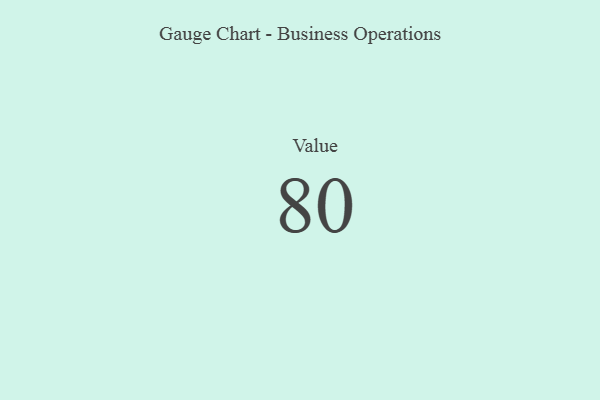
{"axis": {"x": "Metric", "y": "Value"}, "legend": [""], "data": [{"x": "Value", "y": 80, "type": ""}]}